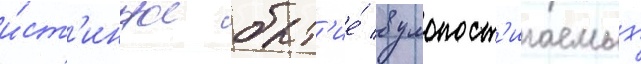
и́ст'инное быт'ие́ в умопост'игаемых